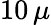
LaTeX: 10\, \mu